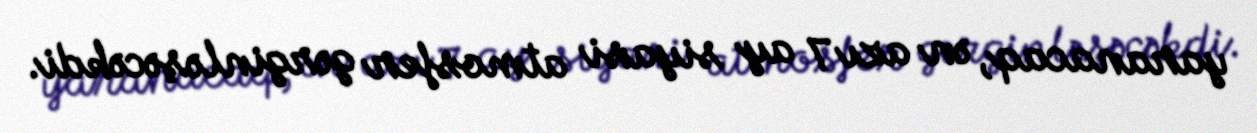
yaranacaq, ən azı 7 ay siyasi atmosfer gərginləşəcəkdi.